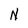
Character: N